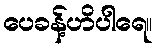
ပေခန့်ဟိပါရေ။